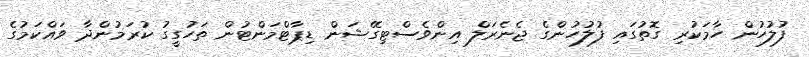
ފުލުހުން ހާމަކުރި ގޮތުގައި ފުލުހުންގެ ޖެނެރަލް އިންވެސްޓިގޭޝަން ޑިޕާޓްމަންޓުން ތަހުގީގު ކުރަމުންދާ ވައްކަމުގެ